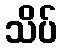
သိပ်